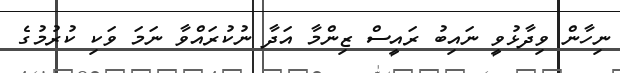
ނިހާން ވިދާޅުވީ ނައިބު ރައީސް ޒިންމާ އަދާ ނުކުރައްވާ ނަމަ ވަކި ކުރުމުގެ